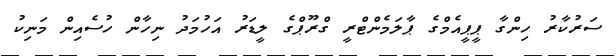
ސަރުކާރު ހިންގާ ޕީޕީއެމްގެ ޕާލަމެންޓްރީ ގްރޫޕްގެ ލީޑަރު އަހުމަދު ނިހާން ހުސެއިން މަނިކު